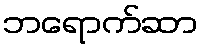
ဘရောက်ဆာ